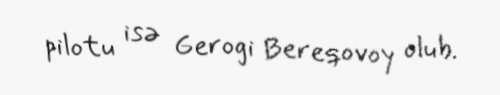
pilotu isə Gerogi Bereqovoy olub.